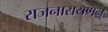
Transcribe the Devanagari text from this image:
राजनारायणन्